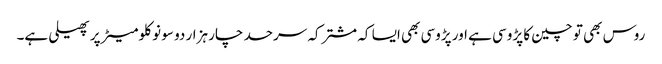
روس بھی تو چین کا پڑوسی ہے اور پڑوسی بھی ایسا کہ مشترکہ سرحد چار ہزار دو سو نو کلومیٹر پر پھیلی ہے۔